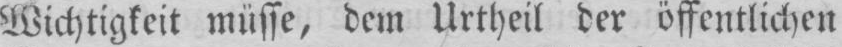
Wichtigkeit müsse, dem Urtheil der öffentlichen